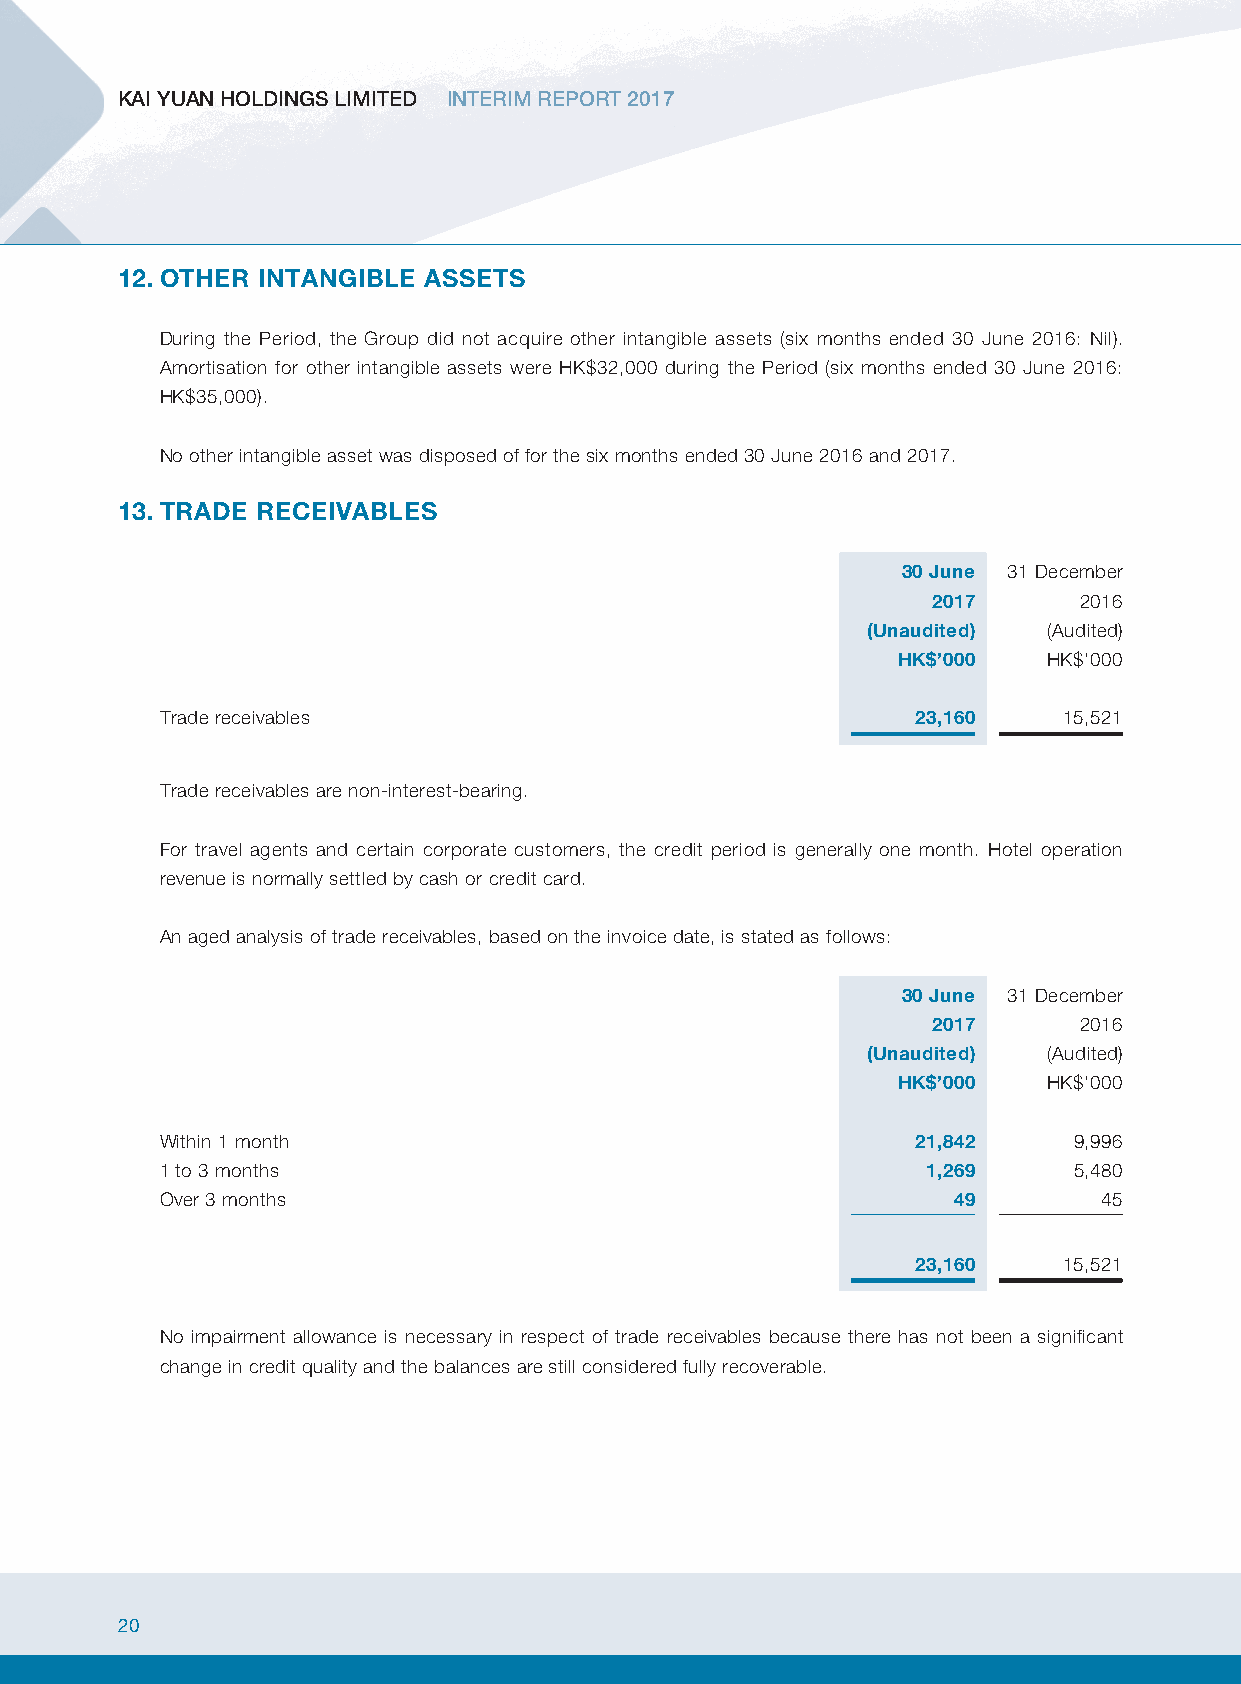
KAI YUAN HOLDINGS LIMITED INTERIM REPORT 2017
 12. OTHER INTANGIBLE ASSETS
 During the Period, the Group did not acquire other intangible assets (six months ended 30 June 2016: Nil).
 Amortisation for other intangible assets were HK$32,000 during the Period (six months ended 30 June 2016:
 HK$35,000).
 No other intangible asset was disposed of for the six months ended 30 June 2016 and 2017.
 13. TRADE RECEIVABLES
 30 June 31 December
 2017     2016
 (Unaudited) (Audited)
 HK$’000   HK$’000
 Trade receivables                                 23,160   15,521
 Trade receivables are non-interest-bearing.
 For travel agents and certain corporate customers, the credit period is generally one month. Hotel operation
 revenue is normally settled by cash or credit card.
 An aged analysis of trade receivables, based on the invoice date, is stated as follows:
 30 June 31 December
 2017     2016
 (Unaudited) (Audited)
 HK$’000   HK$’000
 Within 1 month                                    21,842    9,996
 1 to 3 months                                     1,269     5,480
 Over 3 months                                       4 9       4 5
 23,160   15,521
 No impairment allowance is necessary in respect of trade receivables because there has not been a significant
 change in credit quality and the balances are still considered fully recoverable.
 20